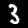
Label: 3